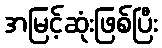
အမြင့်ဆုံးဖြစ်ပြီး